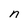
Character: n